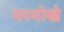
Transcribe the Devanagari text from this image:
नरमोखे